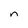
Character: n